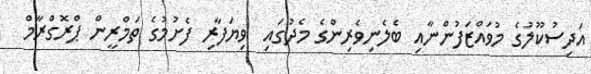
އަދިސުކޫލުގެ މުވައްޒަފުންނާއި ބެލެނިވެރިންގެ މެދުގައި  ވިޔަފާރި ފެށުމުގެ ތަމްރީން ޕްރޮގްރާމް